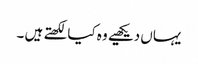
یہاں دیکھیے وہ کیا لکھتے ہیں ۔